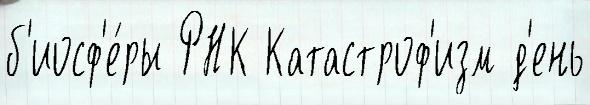
б'иосф'е́ры РНК Катастроф'изм д'ень